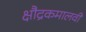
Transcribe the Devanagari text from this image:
क्षौद्रकमालवी